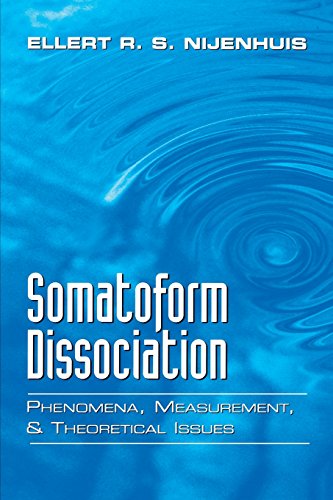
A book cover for Somatoform Dissociation: Phenomena, Measurement, and Theoretical Issues; Ellert R. S. Nijenhuis; Health, Fitness & Dieting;